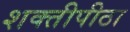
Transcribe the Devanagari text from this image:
शक्तीपीठा